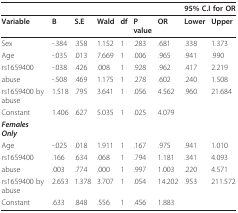
<table><thead><tr><td></td><td></td><td></td><td></td><td></td><td></td><td></td><td colspan="2"><b>95% C.I for OR</b></td></tr></thead><tbody><tr><td><b>Variable</b></td><td><b>B</b></td><td><b>S.E</b></td><td><b>Wald</b></td><td><b>df</b></td><td><b>P value</b></td><td><b>OR</b></td><td><b>Lower</b></td><td><b>Upper</b></td></tr><tr><td>Sex</td><td>-.384</td><td>.358</td><td>1.152</td><td>1</td><td>.283</td><td>.681</td><td>.338</td><td>1.373</td></tr><tr><td>Age</td><td>-.035</td><td>.013</td><td>7.669</td><td>1</td><td>.006</td><td>.965</td><td>.941</td><td>.990</td></tr><tr><td>rs1659400</td><td>-.038</td><td>.426</td><td>.008</td><td>1</td><td>.928</td><td>.962</td><td>.417</td><td>2.219</td></tr><tr><td>abuse</td><td>-.508</td><td>.469</td><td>1.175</td><td>1</td><td>.278</td><td>.602</td><td>.240</td><td>1.508</td></tr><tr><td>rs1659400 by abuse</td><td>1.518</td><td>.795</td><td>3.641</td><td>1</td><td>.056</td><td>4.562</td><td>.960</td><td>21.684</td></tr><tr><td>Constant</td><td>1.406</td><td>.627</td><td>5.035</td><td>1</td><td>.025</td><td>4.079</td><td></td><td></td></tr><tr><td><i><b>Females Only</b></i></td><td></td><td></td><td></td><td></td><td></td><td></td><td></td><td></td></tr><tr><td>Age</td><td>-.025</td><td>.018</td><td>1.911</td><td>1</td><td>.167</td><td>.975</td><td>.941</td><td>1.010</td></tr><tr><td>rs1659400</td><td>.166</td><td>.634</td><td>.068</td><td>1</td><td>.794</td><td>1.181</td><td>.341</td><td>4.093</td></tr><tr><td>abuse</td><td>.003</td><td>.774</td><td>.000</td><td>1</td><td>.997</td><td>1.003</td><td>.220</td><td>4.571</td></tr><tr><td>rs1659400 by abuse</td><td>2.653</td><td>1.378</td><td>3.707</td><td>1</td><td>.054</td><td>14.202</td><td>.953</td><td>211.572</td></tr><tr><td>Constant</td><td>.633</td><td>.848</td><td>.556</td><td>1</td><td>.456</td><td>1.883</td><td></td><td></td></tr></tbody></table>